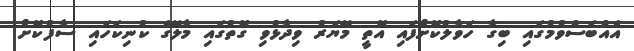
އެއްބަސްވުމުގައި ބިގާ ހަވާލުކޮށްފައި އޮތީ މޭޔަރު ވިދާޅުވި ގޮތުގައި މާލޭގެ ކުނިކަހައި ސާފުކޮށް